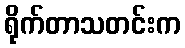
ရိုက်တာသတင်းက